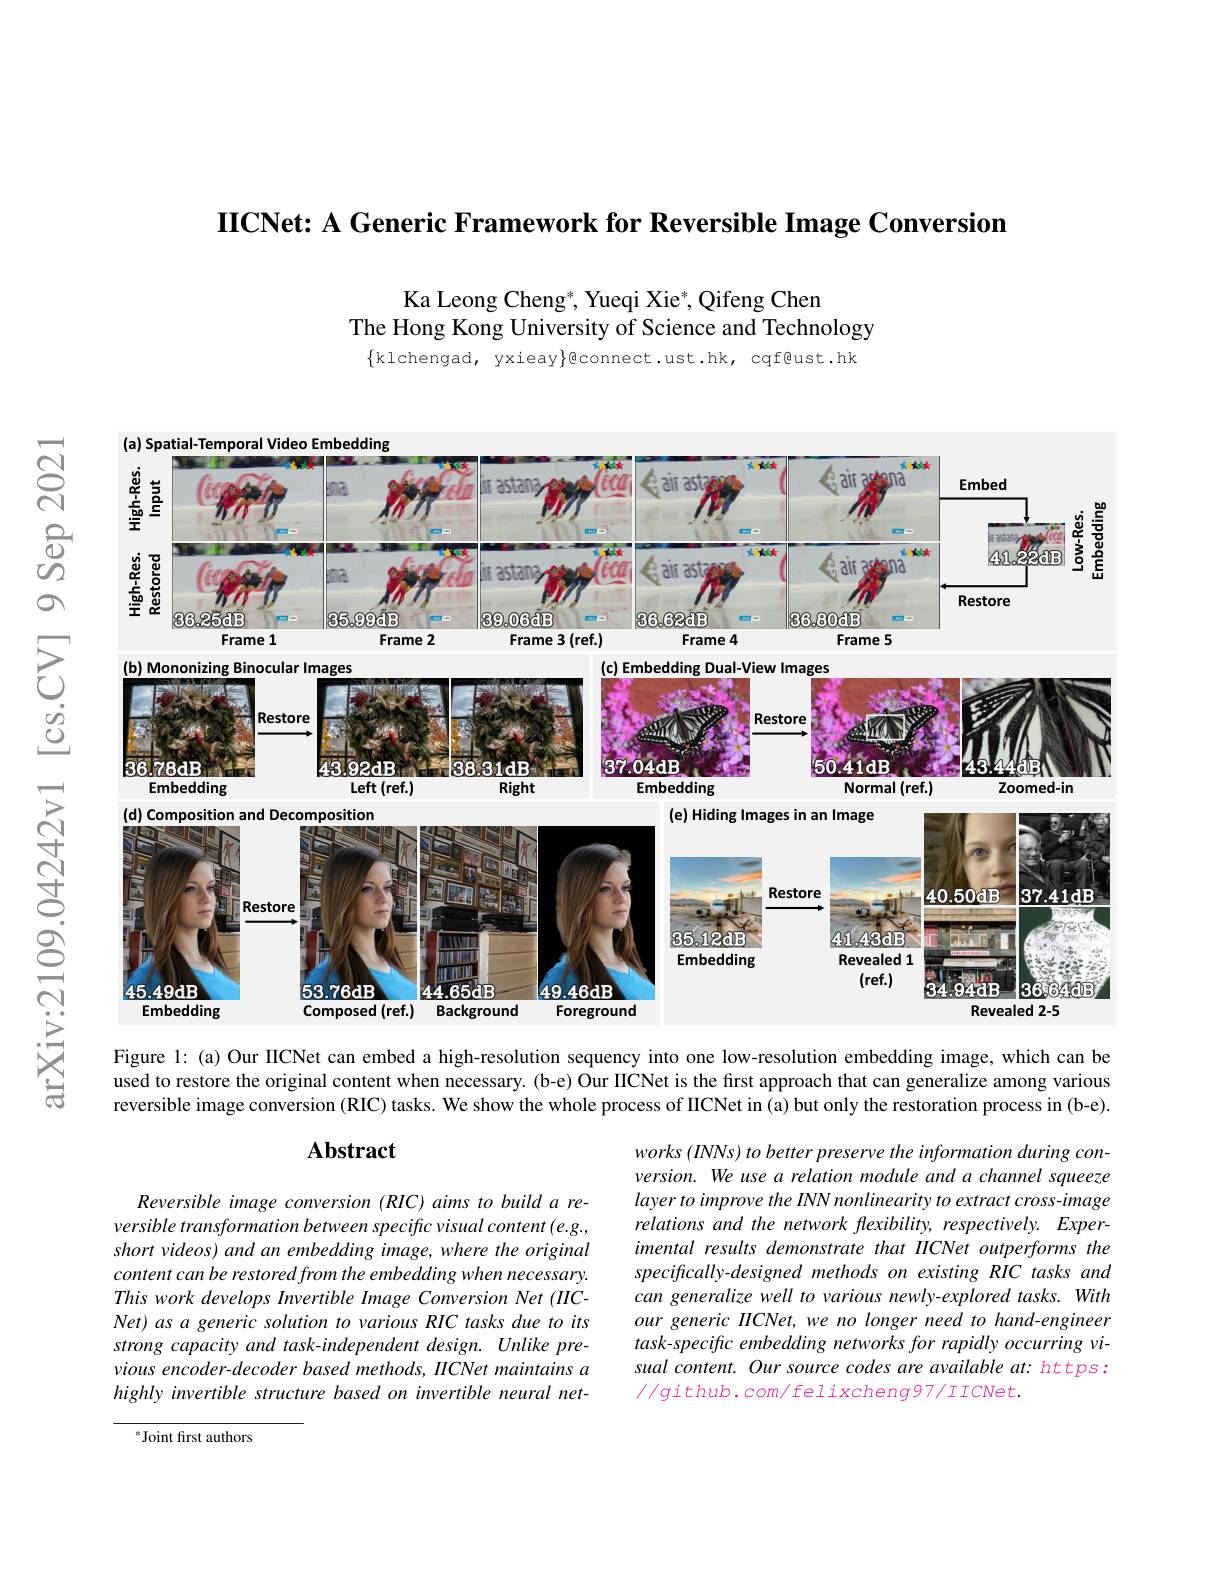
IICNet: A Generic Framework for Reversible Image Conversion

Ka Leong Cheng*, Yueqi Xie*, Qifeng Chen
The Hong Kong University of Science and Technology

$\{$klchengad, yxieay$\}$econnect.ust.hk, cqf@ust.hk

<FigureHere>

Figure 1: (a) Our IICNet can embed a high-resolution sequency into one low-resolution embedding image, which can be used to restore the original content when necessary. (b-e) Our IICNet is the first approach that can generalize among various reversible image conversion (RIC) tasks. We show the whole process of IICNet in (a) but only the restoration process in (b-e).

### $\mathbf{Abstract}$

works (INNs) to better preserve the information during conversion. We use a relation module and a channel squeeze layer to improve the INN nonlinearity to extract cross-image relations and the network flexibility, respectively. Experimental results demonstrate that IICNet outperforms the specifically-designed methods on existing RIC tasks and can generalize well to various newly-explored tasks. With our generic IICNet, we no longer need to hand-engineer task-specific embedding networks for rapidly occurring visual content. Our source codes are available at: https: $//github.com/felixcheng97/IICNet.$

Reversible image conversion (RIC) aims to build a reversible transformation between specific visual content (e.g., short videos) and an embedding image, where the original content can be restored from the embedding when necessary. This work develops Invertible Image Conversion Net (IICNet) as a generic solution to various RIC tasks due to its strong capacity and task-independent design. Unlike previous encoder- decoder based methods, IICNet maintains a highly invertible structure based on imvertible neural net-

$^{*}$Joint frst authors